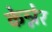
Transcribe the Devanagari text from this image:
केन्नेर